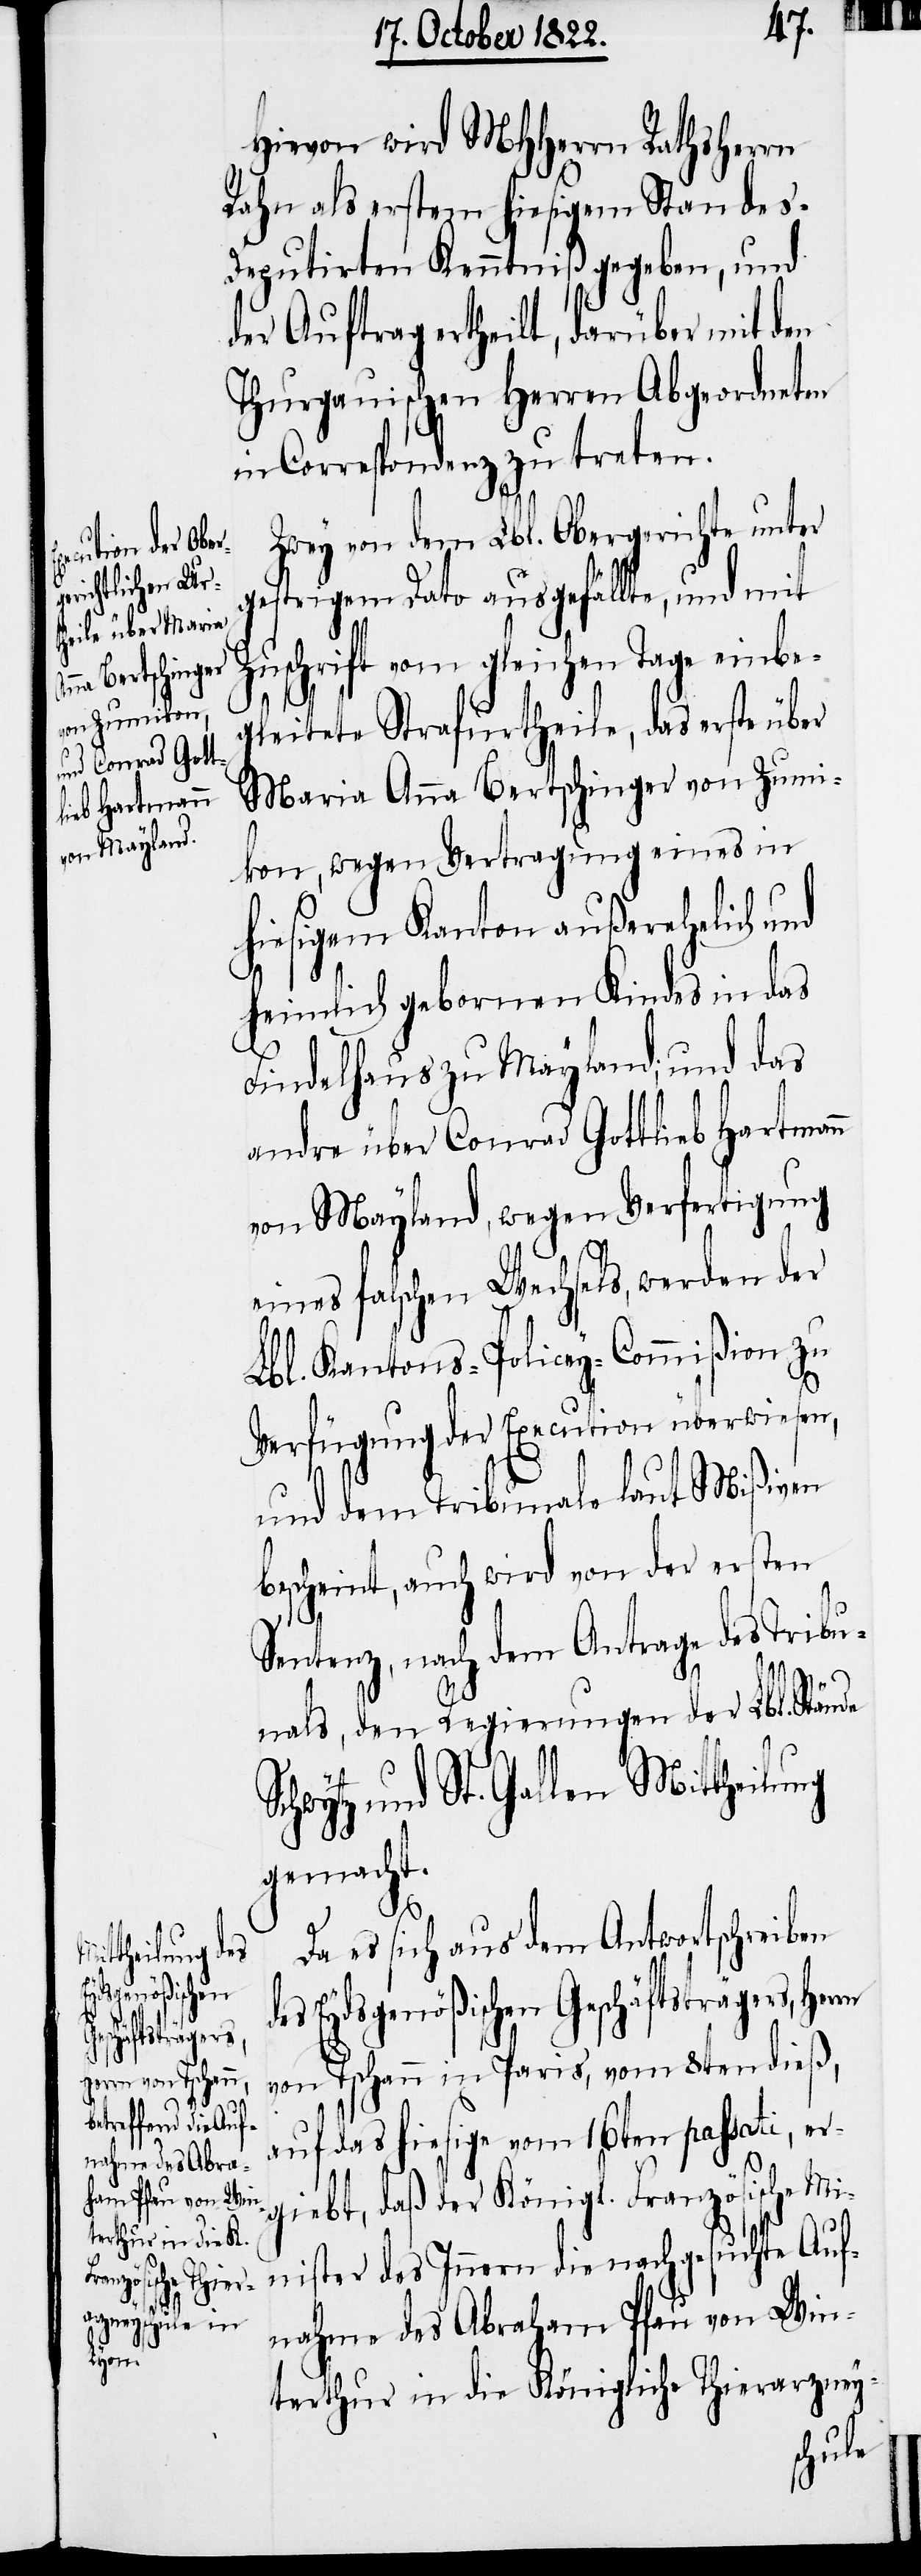
rrn

Hievon wird MHHerrn Rathsherrn
Rahn als erstem hiesigem Standes-D¬
eputirten Kenntniß gegeben, und
der Auftrag ertheilt, darüber mit den
Thurgauischen Herren Abgeordneten
in Correspondenz zu treten.
Zwey von dem Lbl. Obergerichte unter
gestrigem Dato ausgefällte, und mit
Zuschrift vom gleichen Tage einbe¬
gleitete Strafurtheile, das erste über
Maria Anna Bertschinger von Zumi¬
kon, wegen Vertragung eines in
hiesigem Kanton außerehelich und
heimlich gebornen Kindes in das
Findelhaus zu Mayland; und das
andre über Conrad Gottlieb Hartmann
von Mayland, wegen Verfertigung
eines falschen Wechsels, werden der
Lbl. Kantons-Policey-Commißion zu
Verfügung der Execution überwiesen,
und dem Tribunale laut Mißiven
bescheint, auch wird von der ersten
Sentenz, nach dem Antrage des Tribu¬
nals, den Regierungen der Lbl. Stände
St. Gallen Mittheilung
gemacht.
Da es sich aus dem Antwortschreiben
Eydsgenößischen Geschäfträgers, He¬
von Tschann in Paris, vom 8ten dieß,
auf das hiesige vom 16ten passati, er¬
giebt, daß der Königl. Französische
Minister des Innern die nachgesuchte Auf¬
nahme des Abraham Pfau von Win¬
terthur in die Königliche Thierarzney-